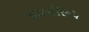
ધમનીરૂપ